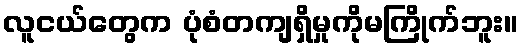
လူငယ်တွေက ပုံစံတကျရှိမှုကိုမကြိုက်ဘူး။